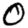
Digit: 0